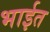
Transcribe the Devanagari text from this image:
भाईत